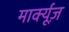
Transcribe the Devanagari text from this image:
मार्क्यूज़